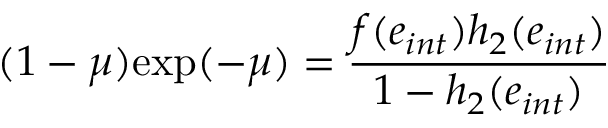
( 1 - \mu ) \mathrm { e x p } ( - \mu ) = \frac { f ( e _ { i n t } ) h _ { 2 } ( e _ { i n t } ) } { 1 - h _ { 2 } ( e _ { i n t } ) }